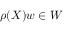
\rho ( X ) w \in W